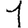
Digit: 1